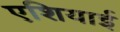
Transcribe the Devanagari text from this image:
एशियाई